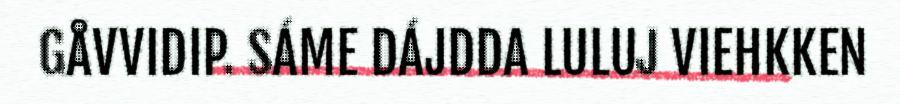
GÅVVIDIP. SÁME DÁJDDA LULUJ VIEHKKEN